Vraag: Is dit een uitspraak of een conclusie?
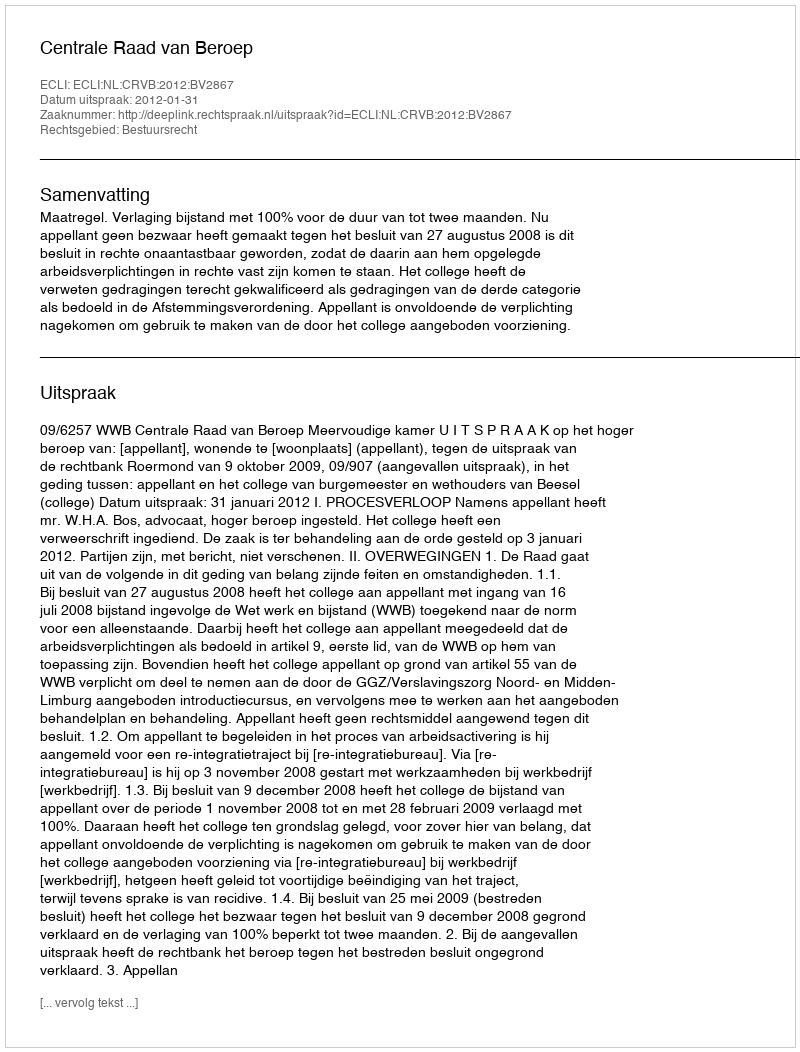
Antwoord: Uitspraak